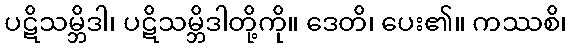
ပဋိသမ္ဘိဒါ၊ ပဋိသမ္ဘိဒါတို့ကို။ ဒေတိ၊ ပေး၏။ ကဿစိ၊